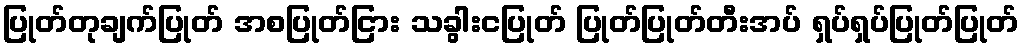
ပြုတ်တုချက်ပြုတ် အစပြုတ်ငြား သခွါးငပြုတ် ပြုတ်ပြုတ်တီးအပ် ရှပ်ရှပ်ပြုတ်ပြုတ်